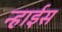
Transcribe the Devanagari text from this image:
न्हाईस